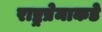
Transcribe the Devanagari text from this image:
राष्ट्रप्रेमाकडे